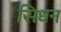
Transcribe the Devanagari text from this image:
सिधन